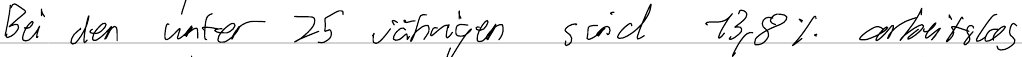
Bei den unter 25 jährigen sind 13,8% arbeitslos